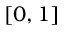
[ 0 , 1 ]